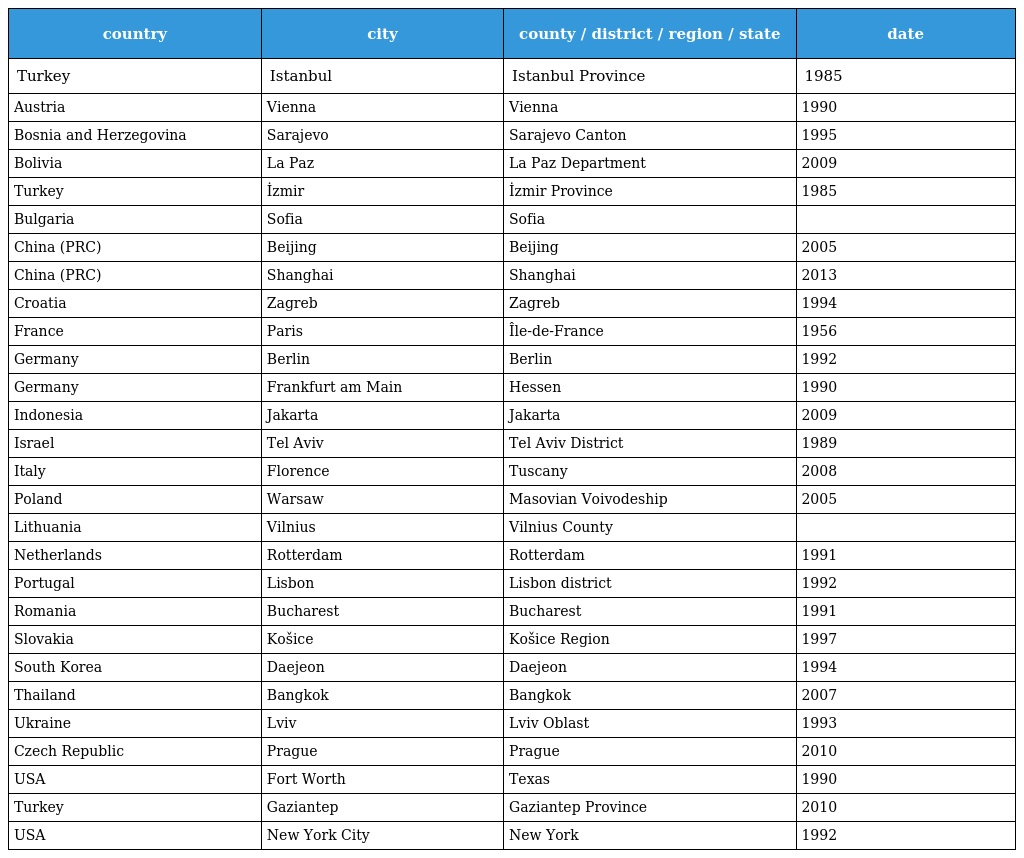
| country | city | county / district / region / state | date |
 | --- | --- | --- | --- |
 | Turkey | Istanbul | Istanbul Province | 1985 |
 | Austria | Vienna | Vienna | 1990 |
 | Bosnia and Herzegovina | Sarajevo | Sarajevo Canton | 1995 |
 | Bolivia | La Paz | La Paz Department | 2009 |
 | Turkey | İzmir | İzmir Province | 1985 |
 | Bulgaria | Sofia | Sofia |  |
 | China (PRC) | Beijing | Beijing | 2005 |
 | China (PRC) | Shanghai | Shanghai | 2013 |
 | Croatia | Zagreb | Zagreb | 1994 |
 | France | Paris | Île-de-France | 1956 |
 | Germany | Berlin | Berlin | 1992 |
 | Germany | Frankfurt am Main | Hessen | 1990 |
 | Indonesia | Jakarta | Jakarta | 2009 |
 | Israel | Tel Aviv | Tel Aviv District | 1989 |
 | Italy | Florence | Tuscany | 2008 |
 | Poland | Warsaw | Masovian Voivodeship | 2005 |
 | Lithuania | Vilnius | Vilnius County |  |
 | Netherlands | Rotterdam | Rotterdam | 1991 |
 | Portugal | Lisbon | Lisbon district | 1992 |
 | Romania | Bucharest | Bucharest | 1991 |
 | Slovakia | Košice | Košice Region | 1997 |
 | South Korea | Daejeon | Daejeon | 1994 |
 | Thailand | Bangkok | Bangkok | 2007 |
 | Ukraine | Lviv | Lviv Oblast | 1993 |
 | Czech Republic | Prague | Prague | 2010 |
 | USA | Fort Worth | Texas | 1990 |
 | Turkey | Gaziantep | Gaziantep Province | 2010 |
 | USA | New York City | New York | 1992 |